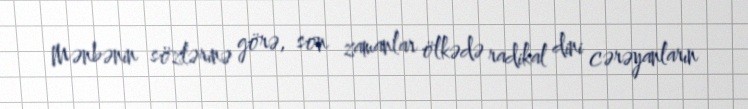
Mənbənin sözlərinə görə, son zamanlar ölkədə radikal dini cərəyanların